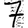
Digit: 7